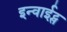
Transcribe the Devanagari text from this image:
इन्वाईट्स